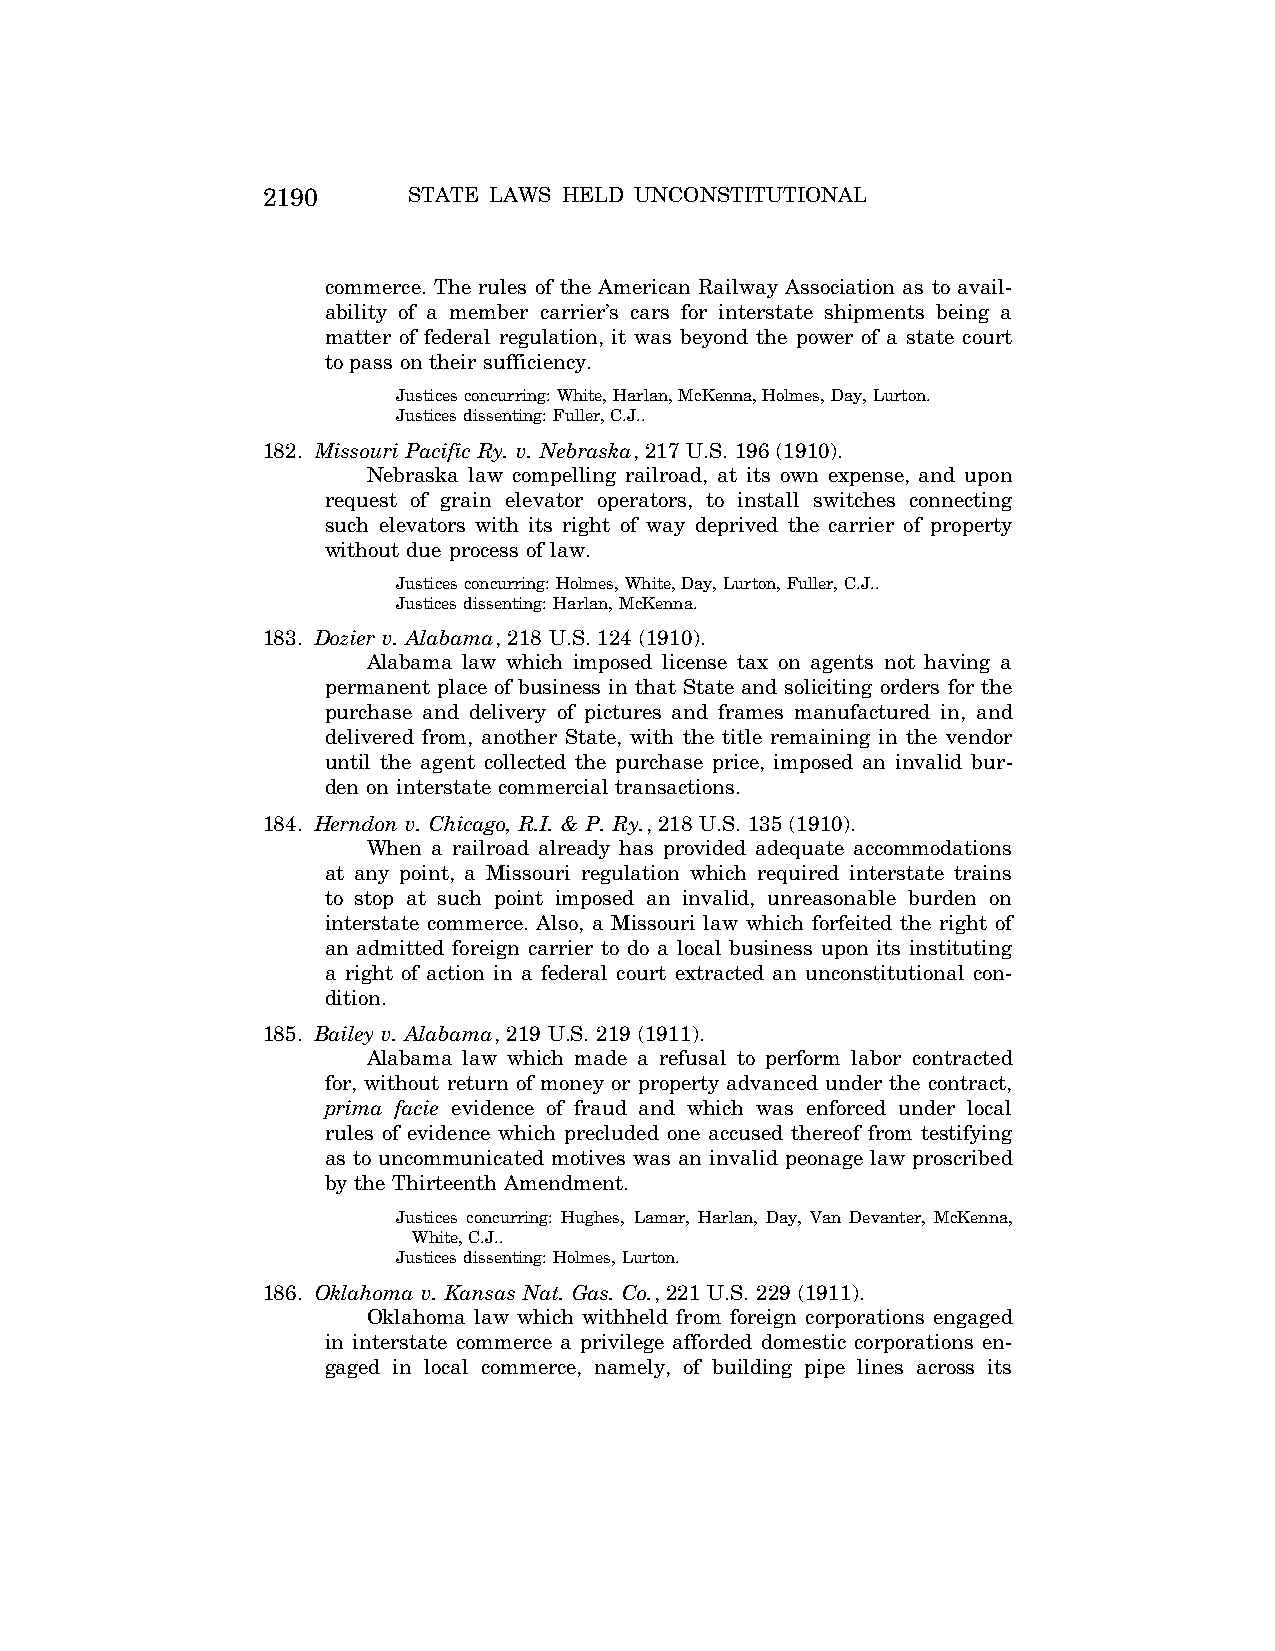
2190      STATE LAWS HELD UNCONSTITUTIONAL
 commerce. The rules of the American Railway Association as to avail-
 ability of a member carrier’s cars for interstate shipments being a
 matter of federal regulation, it was beyond the power of a state court
 to pass on their sufficiency.
 Justices concurring: White, Harlan, McKenna, Holmes, Day, Lurton.
 Justices dissenting: Fuller, C.J..
 182. Missouri Pacific Ry. v. Nebraska, 217 U.S. 196 (1910).
 Nebraska law compelling railroad, at its own expense, and upon
 request of grain elevator operators, to install switches connecting
 such elevators with its right of way deprived the carrier of property
 without due process of law.
 Justices concurring: Holmes, White, Day, Lurton, Fuller, C.J..
 Justices dissenting: Harlan, McKenna.
 183. Dozier v. Alabama, 218 U.S. 124 (1910).
 Alabama law which imposed license tax on agents not having a
 permanent place of business in that State and soliciting orders for the
 purchase and delivery of pictures and frames manufactured in, and
 delivered from, another State, with the title remaining in the vendor
 until the agent collected the purchase price, imposed an invalid bur-
 den on interstate commercial transactions.
 184. Herndon v. Chicago, R.I. & P. Ry., 218 U.S. 135 (1910).
 When a railroad already has provided adequate accommodations
 at any point, a Missouri regulation which required interstate trains
 to stop at such point imposed an invalid, unreasonable burden on
 interstate commerce. Also, a Missouri law which forfeited the right of
 an admitted foreign carrier to do a local business upon its instituting
 a right of action in a federal court extracted an unconstitutional con-
 dition.
 185. Bailey v. Alabama, 219 U.S. 219 (1911).
 Alabama law which made a refusal to perform labor contracted
 for, without return of money or property advanced under the contract,
 prima facie evidence of fraud and which was enforced under local
 rules of evidence which precluded one accused thereof from testifying
 as to uncommunicated motives was an invalid peonage law proscribed
 by the Thirteenth Amendment.
 Justices concurring: Hughes, Lamar, Harlan, Day, Van Devanter, McKenna,
 White, C.J..
 Justices dissenting: Holmes, Lurton.
 186. Oklahoma v. Kansas Nat. Gas. Co., 221 U.S. 229 (1911).
 Oklahoma law which withheld from foreign corporations engaged
 in interstate commerce a privilege afforded domestic corporations en-
 gaged in local commerce, namely, of building pipe lines across its
 VerDate Aug<04>2004 12:57 Aug 23, 2004 Jkt 077500 PO 00000 Frm 00030 Fmt 8222 Sfmt 8222 C:\CONAN\CON064.SGM PRFM99 PsN: CON064